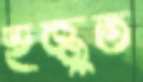
হুজ্জুত